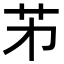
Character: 𦬌